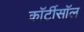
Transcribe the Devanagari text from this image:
कॉर्टीसॉल